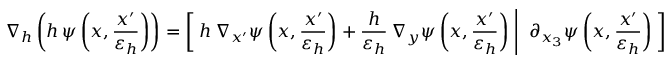
\nabla _ { h } \left( h \, \psi \left( x , \frac { x ^ { \prime } } { { \varepsilon _ { h } } } \right) \right) = \left[ \; h \, \nabla _ { x ^ { \prime } } \psi \left( x , \frac { x ^ { \prime } } { { \varepsilon _ { h } } } \right) + \frac { h } { { \varepsilon _ { h } } } \, \nabla _ { y } \psi \left( x , \frac { x ^ { \prime } } { { \varepsilon _ { h } } } \right) \; \right| \left. \; \partial _ { x _ { 3 } } \psi \left( x , \frac { x ^ { \prime } } { { \varepsilon _ { h } } } \right) \; \right]